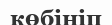
көбініп